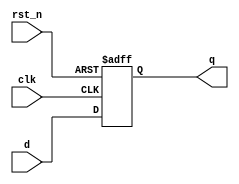
module register (
    input wire clk,           // Clock input
    input wire rst_n,        // Active-low reset
    input wire [3:0] d,      // 4-bit data input
    output reg [3:0] q       // 4-bit data output (register)
);

// Always block triggered on the rising edge of the clock or falling edge of reset
always @(posedge clk or negedge rst_n) begin
    if (!rst_n) begin
        q <= 4'b0000;        // Reset the register to 0
    end else begin
        q <= d;             // Load the input data into the register
    end
end

endmodule